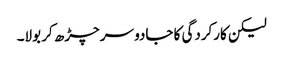
لیکن کارکردگی کا جادو سر چڑھ کر بولا۔